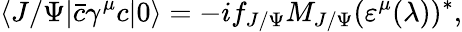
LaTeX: \langle J/\Psi|\bar{c}\gamma^{\mu}c|0\rangle=-if_{J/\Psi}M_{J/\Psi}(\varepsilon^{\mu}(\lambda))^{*},